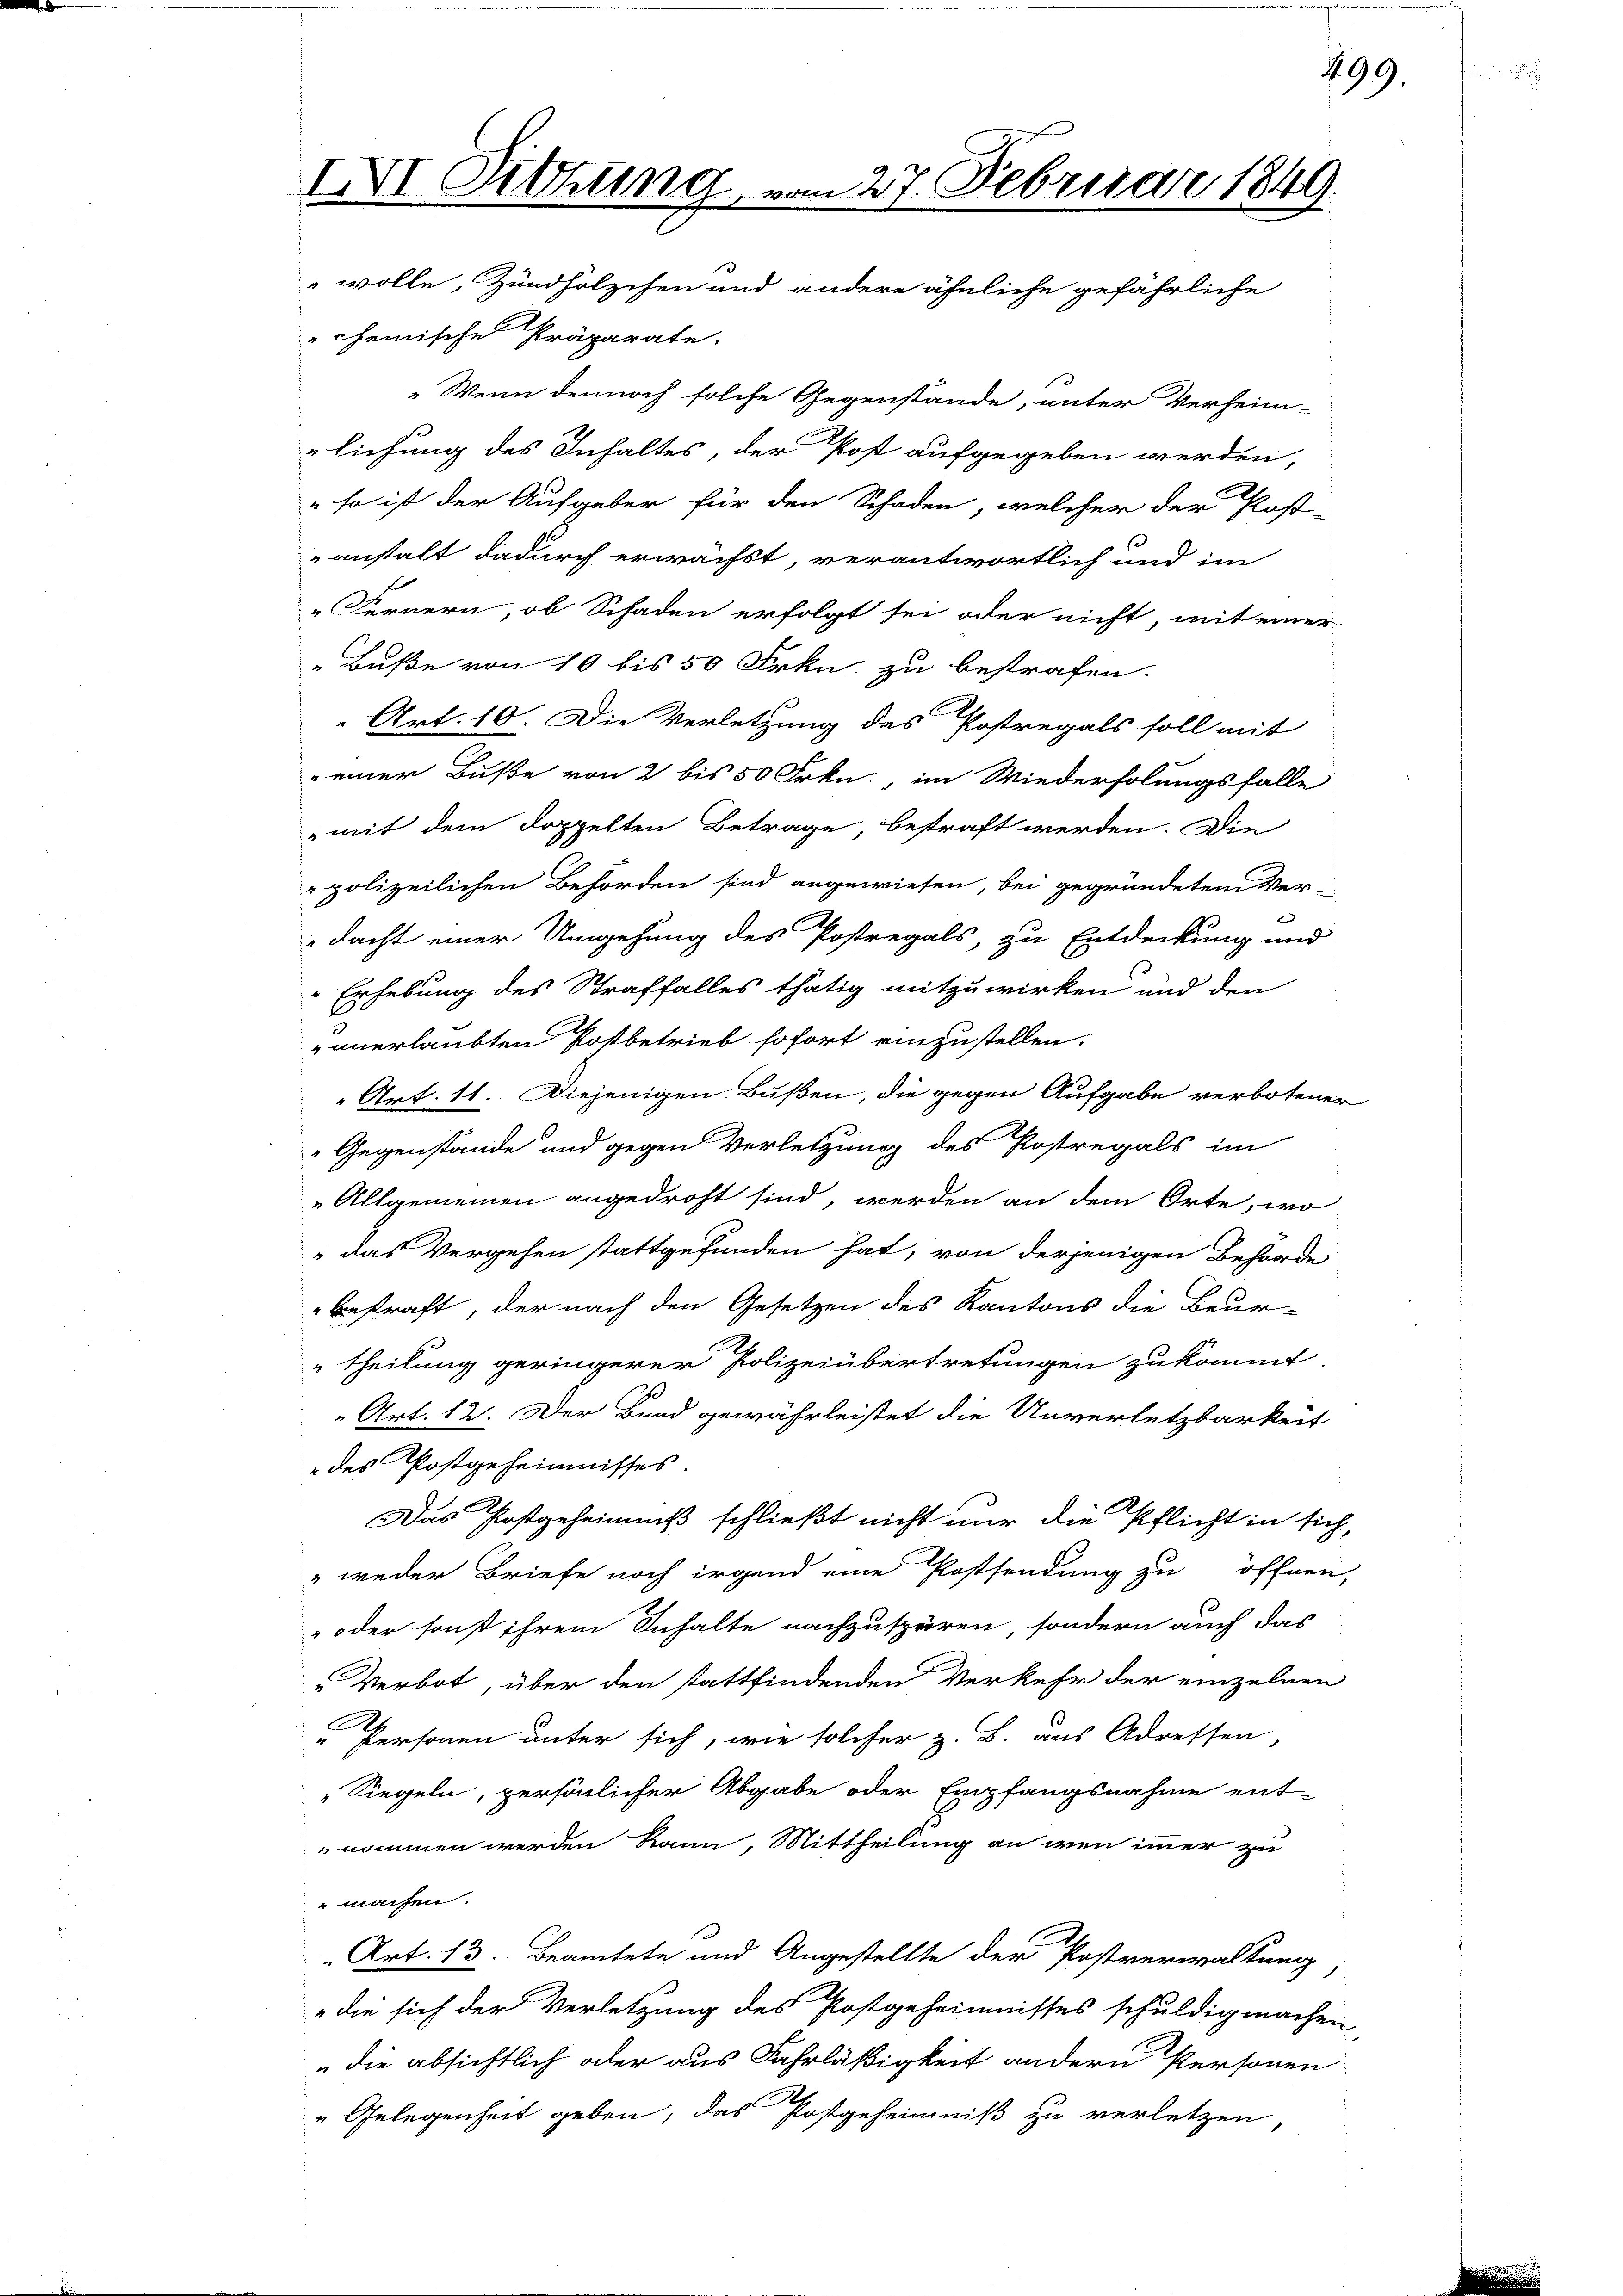
IXVI Sitzung, vom 27. Februar 1849.
wolle, Zündhölzchen und andere ähnliche gefährliche

chemische Präparate.
„Wenn dennoch solche Gegenstände, unter Verheim-
lichung des Inhaltes, der Post aufgegeben werden,
" so ist der Aufgeber für den Schaden, welcher der Post-
anstalt dadurch erwächst, verantwortlich und im
"Fernern, ob Schaden erfolgt sei oder nicht, mit einer
„Buße von 10 bis 50 Frkn. zu bestrafen.
Art. 10. Die Verletzung des Postregals soll mit
" einer Buße von 2 bis 50 Frkn., im Wiederholungsfalle
mit dem doppelten Betrage, bestraft werden. Die
polizeilichen Behörden sind angewiesen, bei gegründetem Ver-
B
dacht einer Umgehung des Postregals, zu Entdeckung und
Erhebung des Straffalles thätig mitzuwirken und den
unerlaubten Postbetrieb sofort einzustellen.
Art. 11. Diejenigen Bußen, die gegen Aufgabe verbotener
"Gegenstände und gegen Verletzung des Postregals im
„Allgemeinen angedroht sind, werden an dem Orte, wo
das Vergehen stattgefunden hat, von derjenigen Behörde
bestraft, der nach den Gesetzen des Kantons die Beur-
"theilung geringerer Polizeiübertretungen zukommt.
Art. 12. Der Bund gewährleistet die Unverletzbarkeit
" des Postgeheimnisses.
Das Postgeheimniß schließt nicht nur die Pflicht in sich,
" weder Briefe noch irgend eine Postsendung zu öffnen,
oder sonst ihrem Inhalte nachzuspüren, sondern auch das
„Verbot, über den stattfindenden Verkehr der einzelnen
Personen unter sich, wie solcher z. B. aus Adressen,
Siegeln, persönlicher Abgabe oder Empfangsnahme ent-
nommen werden kann, Mittheilung an wenn immer zu
machen.
Art. 13. Beamtete und Angestellte der Postverwaltung
die sich der Verletzung des Postgeheimnisses schuldig machen,
„die absichtlich oder aus Fahrläßigkeit andern Personen
"Gelegenheit geben, das Postgeheimniß zu verletzen,

499.